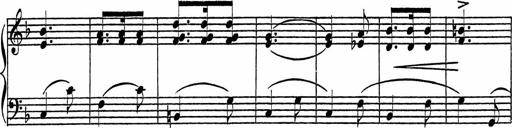
Title: Piano Sonatinas
Composer: Charles Fradel